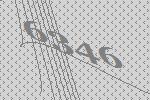
6346